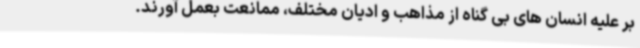
بر علیه انسان های بی گناه از مذاهب و ادیان مختلف، ممانعت بعمل آورند.